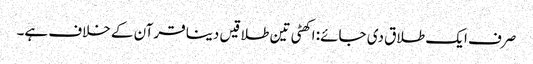
صرف ایک طلاق دی جائے: اکھٹی تین طلاقیں دینا قرآن کے خلاف ہے۔